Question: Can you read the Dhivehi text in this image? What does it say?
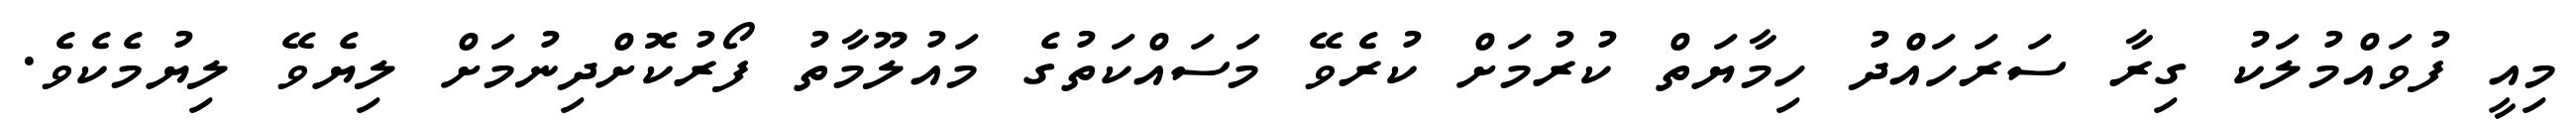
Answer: މިއީ ފުވައްމުލަކު ގިރާ ސަރަހައްދު ހިމާޔަތް ކުރުމަށް ކުރެވޭ މަސައްކަތުގެ މައުލޫމާތު ފޯރުކޮށްދިނުމަށް ލިޔެވޭ ލިޔުމެކެވެ.